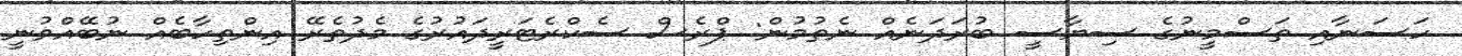
ހަސަނާއި ތަސްމީނުގެ ސިޔާސީ ބުރަދަނެއް ނެތުމުން: ޕްރެސް ސެކްރެޓަރީދައުރުގެ މެދުތެރޭ އިންތިހާބެއް ނުބޭއްވުނީ